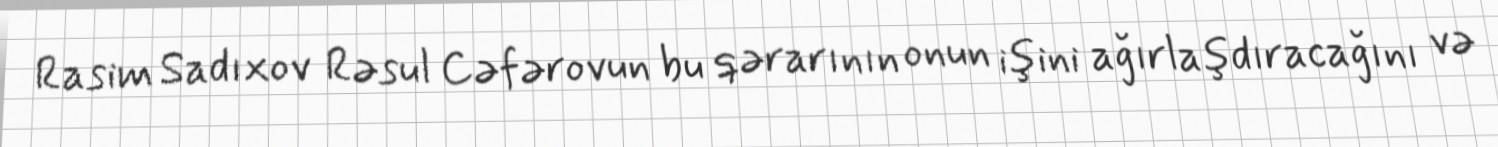
Rasim Sadıxov Rəsul Cəfərovun bu qərarının onun işini ağırlaşdıracağını və